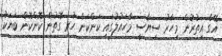
އޭގެ އިތުރުން މިހާރު ސިޔާސީ މާހައުލުގައި ކަންކަން ހުރި ގޮތުން ކޮންކޮން ބަޔަކު